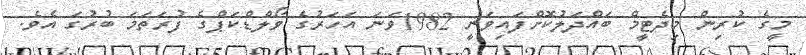
މީގެ ކުރިން މިދެޓީމް ބައްދަލުކޮށްފައިވަނީ 1982ވަނަ އަހަރުގެ ވޯލްޑްކަޕްގެ ފުރަތަމަ ބުރުގަ އެވެ.